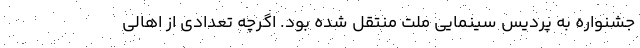
جشنواره به پردیس سینمایی ملت منتقل شده بود. اگرچه تعدادی از اهالی